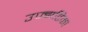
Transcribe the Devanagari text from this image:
उज्झटिका